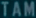
TAM